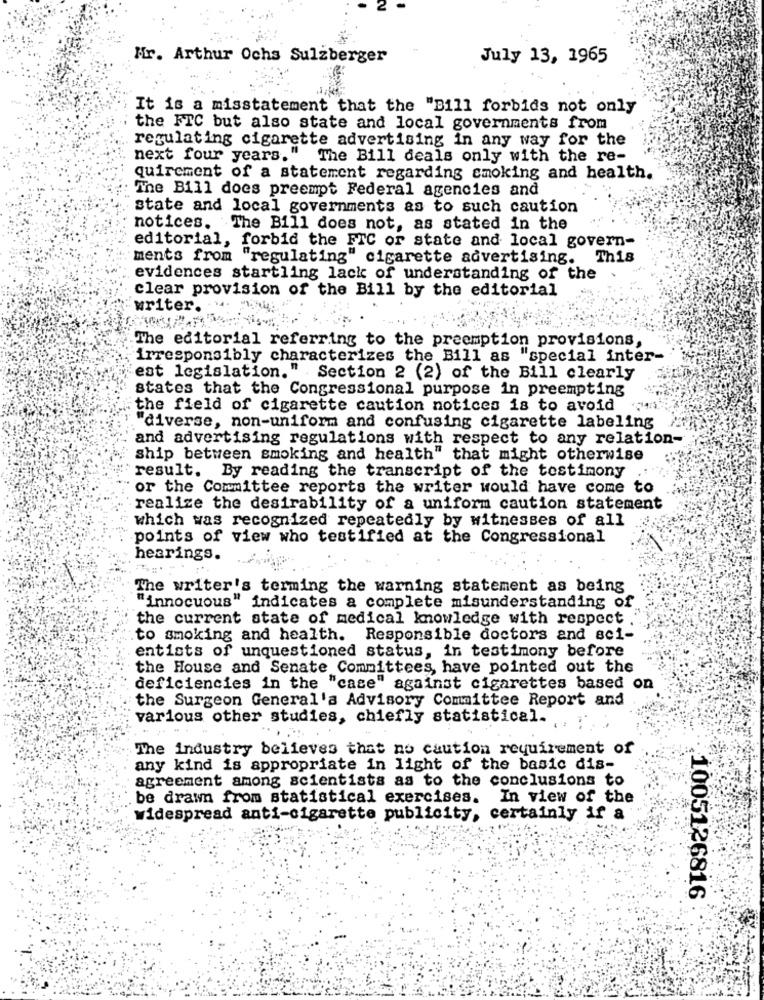
Mr. Arthur Ochs Sulzberger
July 13, 1965
It is a misstatement that the "Bill forbids not only
the FTC but also state and local governments from
regulating cigarette advertising in any way for the
next four years." The Bill deals only with the re-
quirement of a statement regarding smoking and health.
The Bill does preempt Federal agencies and
state and local governments as to such caution
notices. The Bill does not, as stated in the
editorial, forbid the FTC or state and local govern-
ments from "regulating" cigarette advertising.
This
evidences startling lack of understanding of the
clear provision of the Bill by the editorial
writer.
The editorial referring to the preemption provisions,
irresponsibly characterizes the Bill as "special inter-
est legislation." Section 2 (2) of the Bill clearly
states that the Congressional purpose in preempting
the field of cigarette caution notices is to avoid
"diverse, non-uniform and confusing cigarette labeling
and advertising regulations with respect to any relation-
ship between smoking and health" that might otherwise
result. By reading the transcript of the testimony
or the Committee reports the writer would have come to
realize the desirability of a uniform caution statement
which was recognized repeatedly by witnesses of all
points of view who testified at the Congressional
hearings.
The writer's terming the warning statement as being
"innocuous" indicates a complete misunderstanding of
the current state of medical knowledge with respect .'
to smoking and health. Responsible doctors and sci-
entists of unquestioned status, in testimony before
the House and Senate Committees, have pointed out the
deficiencies in the "case" against cigarettes based on
the Surgeon General'a Advisory Committee Report and
various other studies, chiefly statistical.
The industry believes that no caution requirement of
any kind is appropriate in light of the basic dis-
agreement among scientists as to the conclusions to
be drawn from statistical exercises.
In view of the
widespread anti-cigarette publicity, certainly if a
1005126816